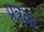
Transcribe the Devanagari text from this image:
प्रत्रक